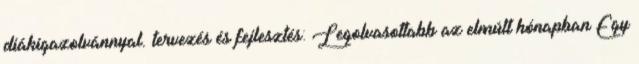
diákigazolvánnyal. tervezés és fejlesztés: Legolvasottabb az elmúlt hónapban Egy